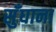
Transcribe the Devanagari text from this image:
सुँघाना